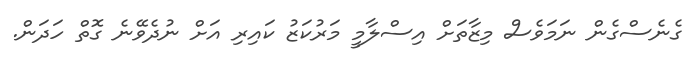
ގެނެސްގެން ނަމަވެސް މިޒާތަށް އިސްލާމީ މަރުކަޒު ކައިރި އަށް ނުދެވޭނެ ގޮތް ހަދަން.